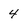
Character: 4